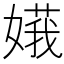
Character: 𪦙